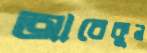
আবেকুন